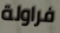
فراولة